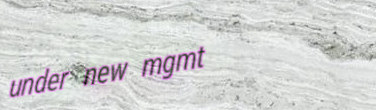
under new mgmt